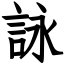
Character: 詠